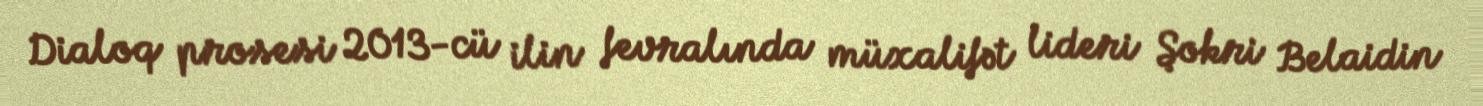
Dialoq prosesi 2013-cü ilin fevralında müxalifət lideri Şokri Belaidin